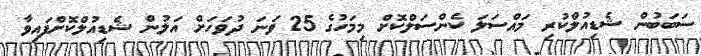
ސަބަބުން ޝެޑިއުލްކުރި މައްސަލަ ކެންސަލްކޮށް މިމަހުގެ 25 ވަނަ ދުވަހަށް އަލުން ޝެޑިއުލްކޮށްފައިވާ